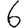
Digit: 6